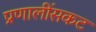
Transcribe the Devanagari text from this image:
प्रणालींसकट